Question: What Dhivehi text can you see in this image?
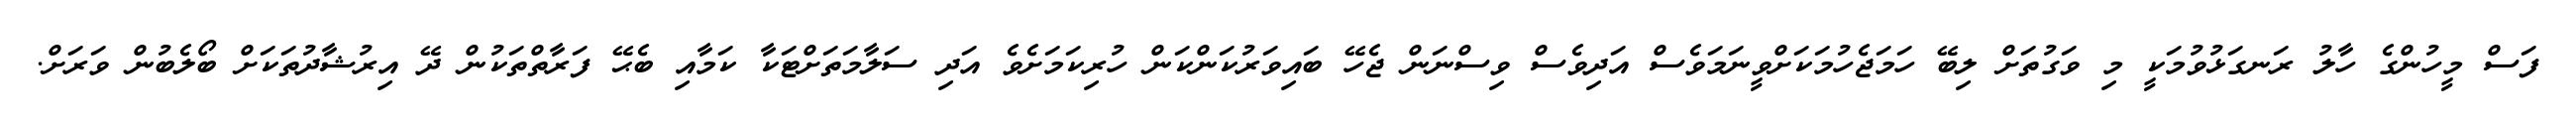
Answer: ފަސް މީހުންގެ ހާލު ރަނގަޅުވުމަކީ މި ވަގުތަށް ލިބޭ ހަމަޖެހުމަކަށްވީނަމަވެސް އަދިވެސް ވިސްނަން ޖެހޭ ބައިވަރުކަންކަން ހުރިކަމަށެވެ އަދި ސަލާމަތަށްޓަކާ ކަމާއި ބެޙޭ ފަރާތްތަކުން ދޭ އިރުޝާދުތަކަށް ބޯލެބުން ވަރަށް.